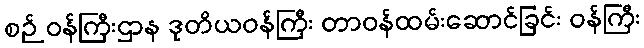
စဉ် ဝန်ကြီးဌာန ဒုတိယဝန်ကြီး တာဝန်ထမ်းဆောင်ခြင်း ဝန်ကြီး